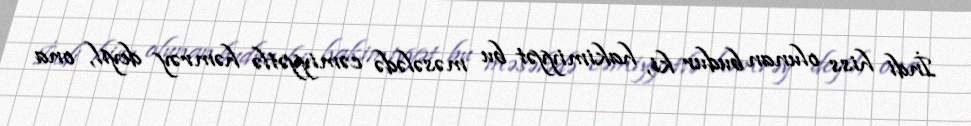
İndi hiss olunan budur ki, hakimiyyət bu məsələdə cəmiyyətlə həmrəy deyil, ona